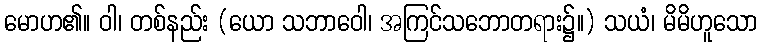
မောဟ၏။ ဝါ၊ တစ်နည်း (ယော သဘာဝေါ၊ အကြင်သဘောတရား၌။) သယံ၊ မိမိဟူသော